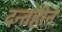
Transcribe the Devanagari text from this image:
दन्तहीन